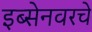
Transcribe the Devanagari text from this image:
इब्सेनवरचे